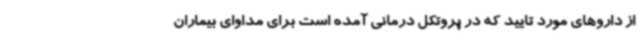
از داروهای مورد تایید که در پروتکل درمانی آمده است برای مداوای بیماران